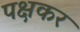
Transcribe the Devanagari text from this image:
पक्षकर